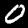
Digit: 0